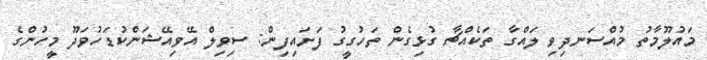
މައުލޫމާތު މުއްސަނދިވި ލައްގާ ތަކެއްޗާ ގުޅިގެން ތަހުގީގު ފަށައިފިން: ސިވިލް އޭވިއޭޝަންކުޑަހުވަދޫ މީހުންގެ